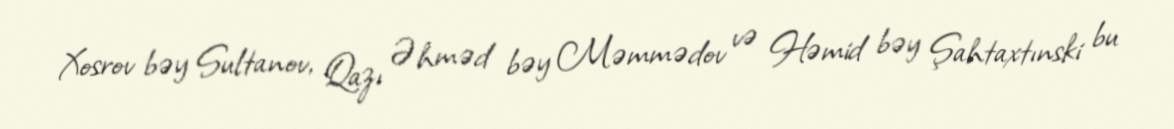
Xosrov bəy Sultanov, Qazı Əhməd bəy Məmmədov və Həmid bəy Şahtaxtınski bu